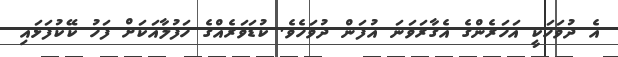
އެ ދުވަހަކީ އަހަރެންގެ އެގާރަވަނަ އުފަން ދުވަހެވެ. ކުޑަވަރެއްގެ ހަފުލާއަކަށް ފަހު ކޭކުފަޅައި